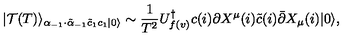
| \mathcal { T } ( T ) \rangle _ { \alpha _ { - 1 } \cdot \tilde { \alpha } _ { - 1 } \tilde { c } _ { 1 } c _ { 1 } | 0 \rangle } \sim \frac { 1 } { T ^ { 2 } } U _ { f ( v ) } ^ { \dagger } c ( i ) \partial X ^ { \mu } ( i ) \tilde { c } ( i ) \bar { \partial } X _ { \mu } ( i ) | 0 \rangle ,